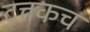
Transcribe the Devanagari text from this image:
दत्तकच